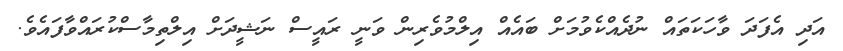
އަދި އެފަދަ ވާހަކަތައް ނުދެއްކެވުމަށް ބައެއް އިލްމުވެރިން ވަނީ ރައީސް ނަޝީދަށް އިލްތިމާސްކުރައްވާފައެވެ.